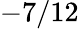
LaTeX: -7/12